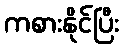
ကစားနိုင်ပြီး